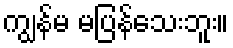
ကျွန်မ မပြန်သေးဘူး။